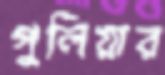
পুলিয়ার